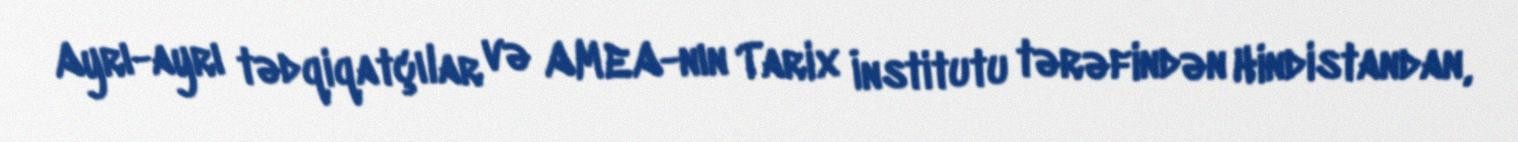
Ayrı-ayrı tədqiqatçılar və AMEA-nın Tarix İnstitutu tərəfindən Hindistandan,